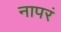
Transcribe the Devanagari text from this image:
नापरं